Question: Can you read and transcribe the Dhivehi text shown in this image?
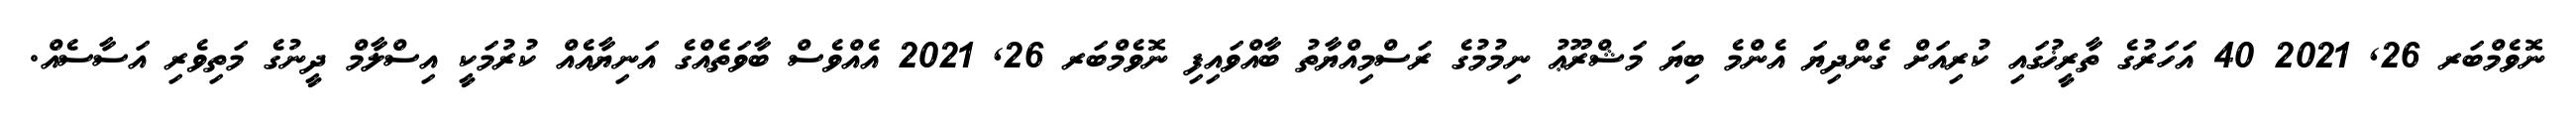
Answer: ނޮވެމްބަރ 26, 2021 40 އަހަރުގެ ތާރީޚުގައި ކުރިއަށް ގެންދިޔަ އެންމެ ބިޔަ މަޝްރޫޢު ނިމުމުގެ ރަސްމިއްޔާތު ބާއްވައިފި ނޮވެމްބަރ 26, 2021 އެއްވެސް ބާވަތެއްގެ އަނިޔާއެއް ކުރުމަކީ އިސްލާމް ދީނުގެ މަތިވެރި އަސާސެއް.